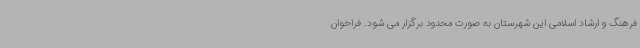
فرهنگ و ارشاد اسلامی این شهرستان به صورت محدود برگزار می شود. فراخوان